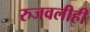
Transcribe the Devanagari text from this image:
रुजवलीही